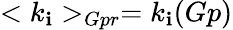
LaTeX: <k_{\mathbf{i}}>_{Gpr}=k_{\mathbf{i}}(Gp)